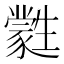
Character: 𤯼